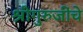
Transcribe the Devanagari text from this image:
श्रीगुरुजींचे